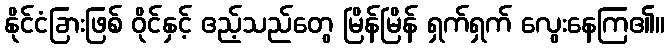
နိုင်ငံခြားဖြစ် ဝိုင်နှင့် ဧည့်သည်တွေ မြိန်မြိန် ရှက်ရှက် လွေးနေကြ၏။